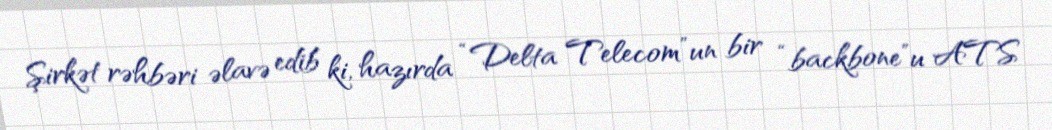
Şirkət rəhbəri əlavə edib ki, hazırda “Delta Telecom”un bir “backbone”u ATS